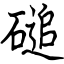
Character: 磓